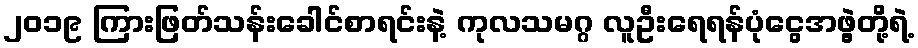
၂၀၁၉ ကြားဖြတ်သန်းခေါင်စာရင်းနဲ့ ကုလသမဂ္ဂ လူဦးရေရန်ပုံငွေအဖွဲ့တို့ရဲ့